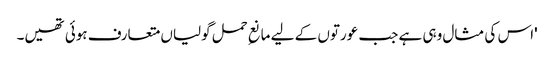
'اس کی مثال وہی ہے جب عورتوں کے لیے مانعِ حمل گولیاں متعارف ہوئی تھیں۔